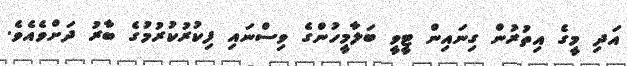
އަދި މީގެ އިތުރުން ގިނައިން ޓީވީ ބަލާމީހުންގެ ވިސްނައި ފިކުރުކުރުމުގެ ބާރު ދަށްވެއެވެ.